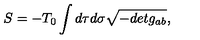
S = - T _ { 0 } \int d \tau d \sigma \sqrt { - d e t g _ { a b } } ,